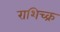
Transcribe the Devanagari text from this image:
राशिच्क्र